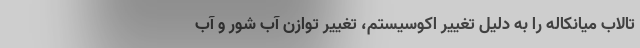
تالاب میانکاله را به دلیل تغییر اکوسیستم، تغییر توازن آب شور و آب